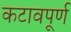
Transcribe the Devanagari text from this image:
कटावपूर्ण